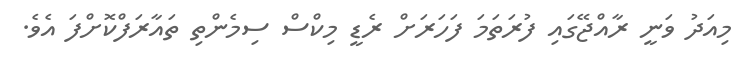
މިއަދު ވަނީ ރާއްޖޭގައި ފުރަތަމަ ފަހަރަށް ރެޑީ މިކްސް ސިމެންތި ތައާރަފްކޮށްފަ އެވެ.